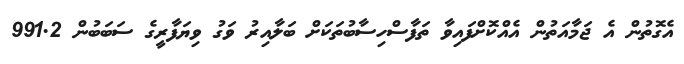
އެގޮތުން އެ ޖަމާއަތުން އެއްކޮށްފައިވާ ތަފާސްހިސާބުތަކަށް ބަލާއިރު ވަގު ވިޔަފާރީގެ ސަބަބުން 991.2